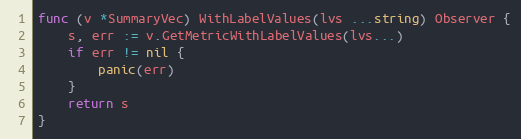
Language: Go
func (v *SummaryVec) WithLabelValues(lvs ...string) Observer {
	s, err := v.GetMetricWithLabelValues(lvs...)
	if err != nil {
		panic(err)
	}
	return s
}